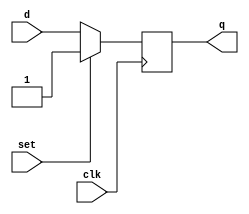
// This program was cloned from: https://github.com/VerticalResearchGroup/miaow
// License: BSD 3-Clause "New" or "Revised" License

// D-flipflop
// Copied from http://pages.cs.wisc.edu/~karu/courses/cs552/spring2009/handouts/verilog_code/dff.v
module dff_set (q, d, clk, set);

   output         q;
   input          d;
   input          clk;
   input          set;

   reg            state;

   assign q = state;

   always @(posedge clk)
   begin
      state <= set? 1 : d;
   end

`ifdef dump_flops
   always @(posedge gpu_tb.rst)
   begin
      if ($test$plusargs("dump_flops"))
      begin
         $display("%m.state");
      end
   end
`endif
endmodule